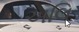
અલિ